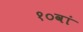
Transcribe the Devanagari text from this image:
१०वां